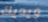
ويديك